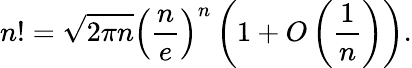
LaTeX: n!={\sqrt{2\pi n}}\left({\frac{n}{e}}\right)^{n}\left(1+O\left({\frac{1}{n}}\right)\right).